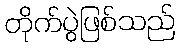
တိုက်ပွဲဖြစ်သည်